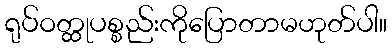
ရုပ်ဝတ္ထုပစ္စည်းကိုပြောတာမဟုတ်ပါ။